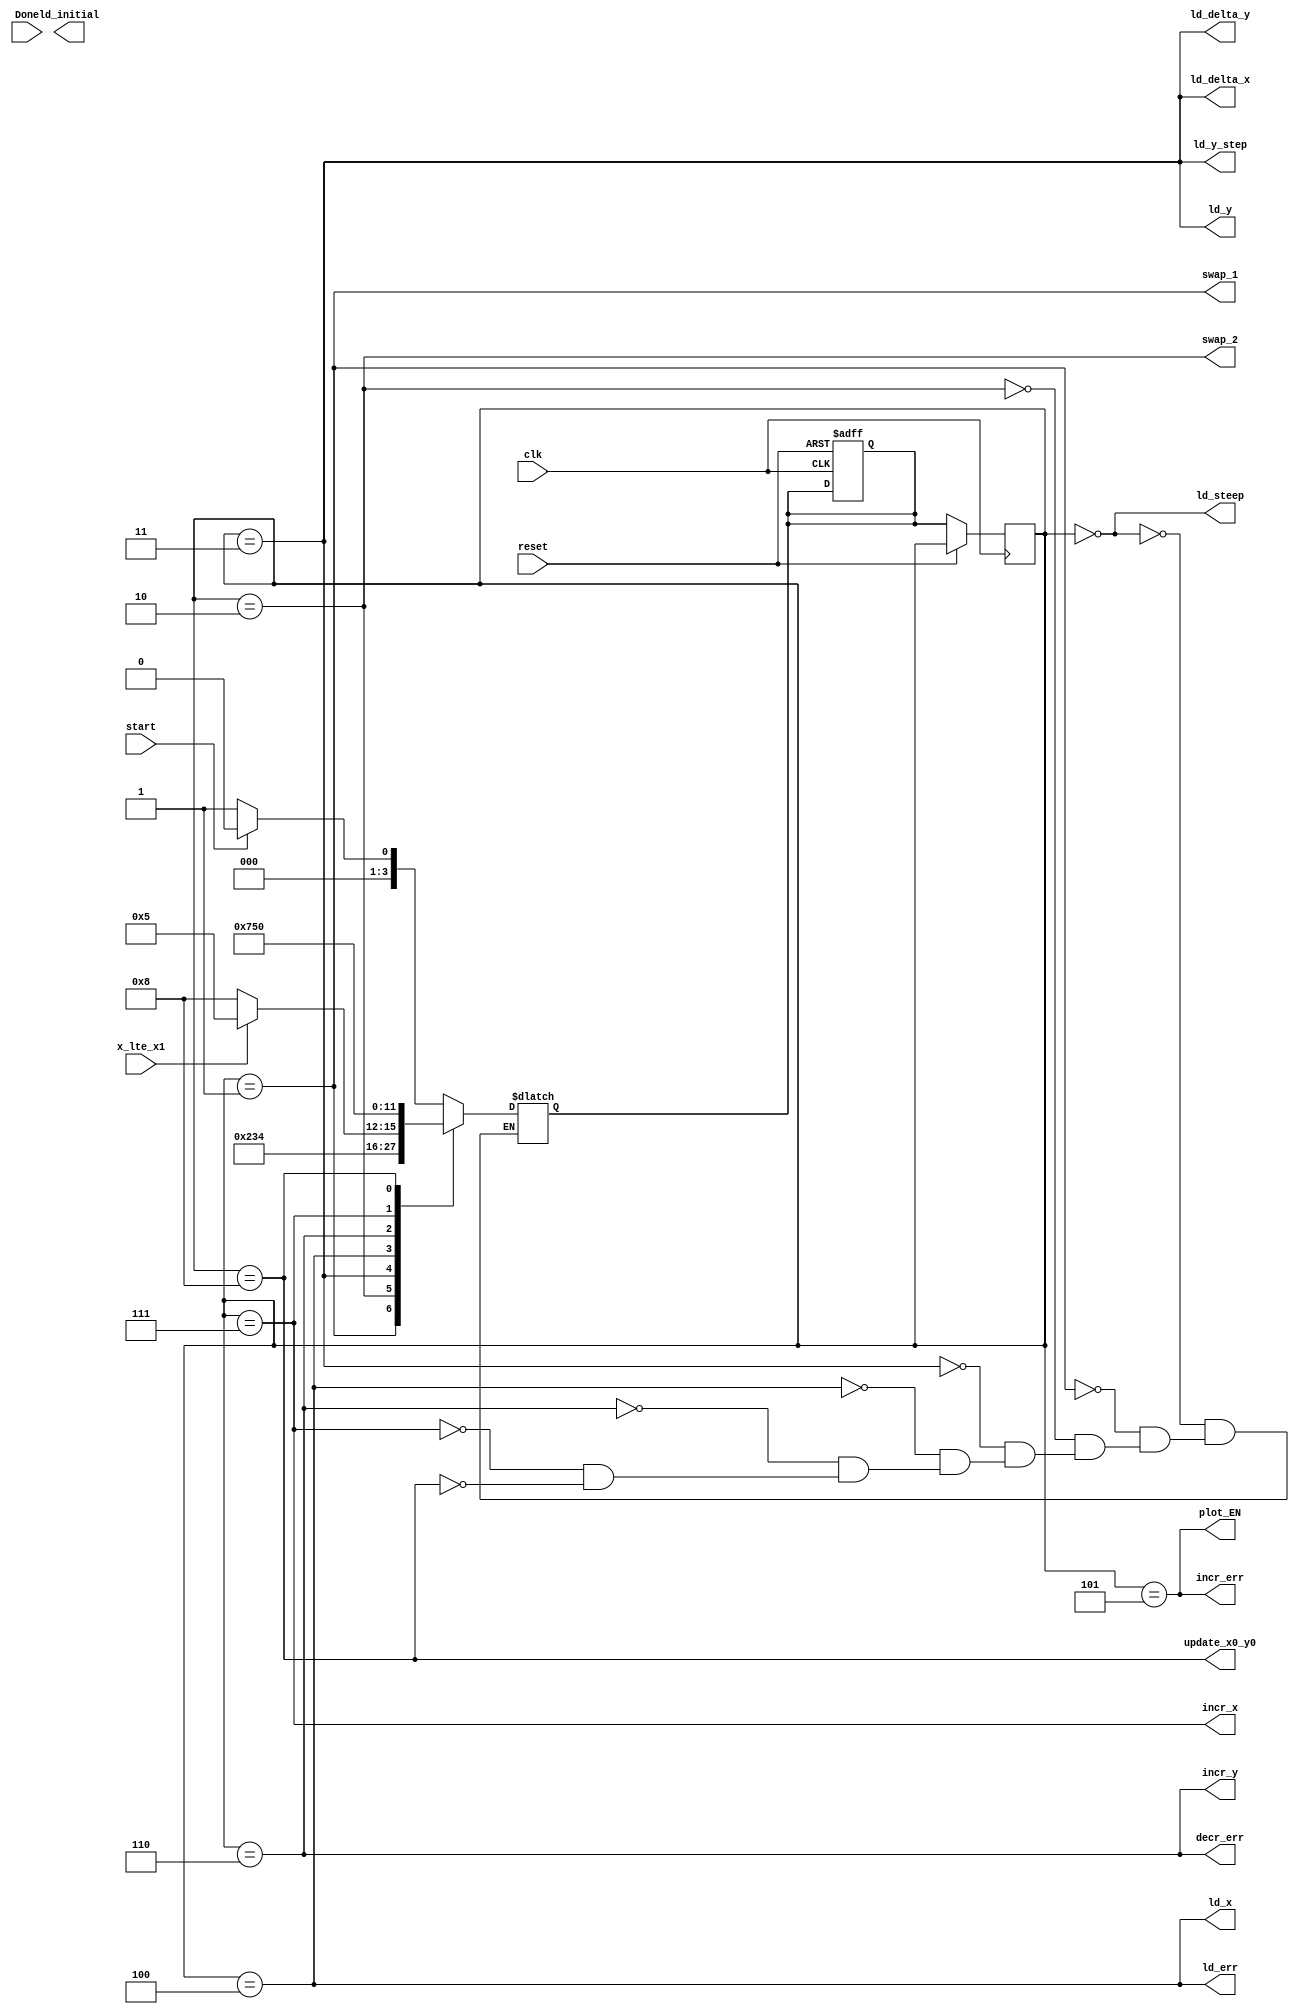
module line_drawing_FSM (
	clk, 
	start,
	reset,
	/* Inputs from the datapath */
	x_lte_x1,
	Done,
	/* Outputs to datapath */
	ld_initial, 
	ld_steep,
	swap_1,
	swap_2,
	ld_delta_x,
	ld_delta_y, 
	ld_y, 
	ld_y_step,
	ld_err,
	ld_x,
	plot_EN,
	incr_err,
	incr_y,
	decr_err,
	incr_x,
	update_x0_y0);

	
	input reset, clk, start, x_lte_x1, Done;
	output 	ld_initial, ld_steep, swap_1, swap_2, ld_delta_x, ld_delta_y,
			ld_y, ld_y_step, ld_err, ld_x, plot_EN, incr_err, incr_y, decr_err,
			incr_x, update_x0_y0;

	/* state encoding */
	parameter [3 : 0] S0 = 4'b0000, S1 = 4'b0001, S2 = 4'b0010, S3 = 4'b0011, 
					S4 = 4'b0100, LOOP = 4'b0101, S5 = 4'b0110, S6 = 4'b0111, SD = 4'b1000;
	/* state registers */
	reg [3 : 0] ps, ns;

	/* next state logic */
	always @ (*)  begin
		case (ps)
			S0: if (start) ns = S0; else ns = S1;
			S1: ns = S2;
			S2: ns = S3;
			S3: ns = S4;
			S4: if (x_lte_x1) ns = LOOP; else ns = SD;
			S5: ns = S6;
			S6: ns = LOOP;
			SD: ns = S0;
		endcase
	end

	always @ (posedge clk or posedge reset) begin
		if (reset) begin
			ns <= S0;			
		end
		else  begin
			ps <= ns;
		end
	end

	assign ld_steep = (ps == S0);
	assign swap_1 = (ps == S1);
	assign swap_2 = (ps == S2);
	assign ld_delta_x = (ps == S3);
	assign ld_delta_y = (ps == S3);
	assign ld_y = (ps == S3);
	assign ld_y_step = (ps == S3);
	assign ld_err = (ps == S4);
	assign ld_x = (ps == S4);
	assign Done = (ps == SD);
	assign update_x0_y0 = (ps == SD);
	assign plot_EN = (ps == LOOP);
	assign incr_err = (ps == LOOP);
	assign incr_y = (ps == S5);
	assign decr_err = (ps == S5);
	assign incr_x = (ps == S6);


endmodule